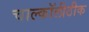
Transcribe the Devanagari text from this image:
चाल्कॉलीठीक